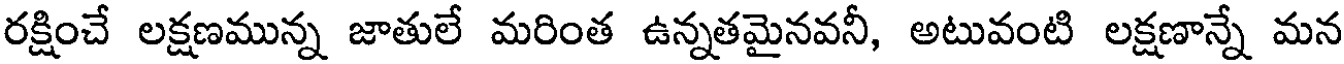
రక్షించే లక్షణమున్న జాతులే మరింత ఉన్నతమైనవనీ, అటువంటి లక్షణాన్నే మన